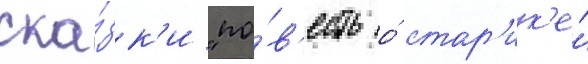
ска́зк'и "по́в'есть о́ стар'ик'е́